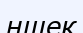
ншек